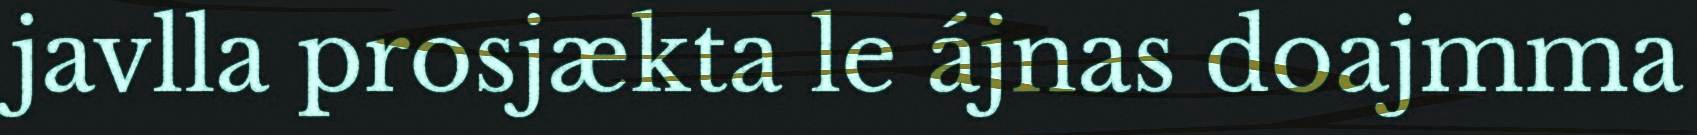
javlla prosjækta le ájnas doajmma